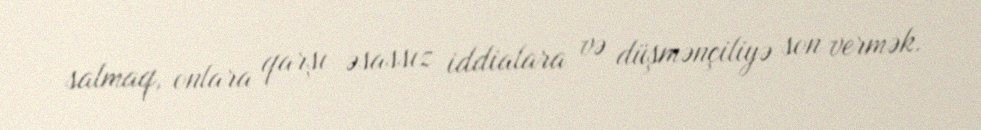
salmaq, onlara qarşı əsassız iddialara və düşmənçiliyə son vermək.